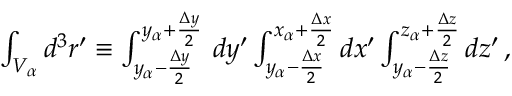
\begin{array} { r } { \int _ { V _ { \alpha } } d ^ { 3 } \boldsymbol { r } ^ { \prime } \equiv \int _ { y _ { \alpha } - \frac { \Delta y } { 2 } } ^ { { y _ { \alpha } + \frac { \Delta y } { 2 } } } \, d y ^ { \prime } \int _ { y _ { \alpha } - \frac { \Delta x } { 2 } } ^ { { x _ { \alpha } + \frac { \Delta x } { 2 } } } d x ^ { \prime } \int _ { y _ { \alpha } - \frac { \Delta z } { 2 } } ^ { { z _ { \alpha } + \frac { \Delta z } { 2 } } } d z ^ { \prime } \, , } \end{array}